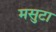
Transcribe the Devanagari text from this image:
मसुटा